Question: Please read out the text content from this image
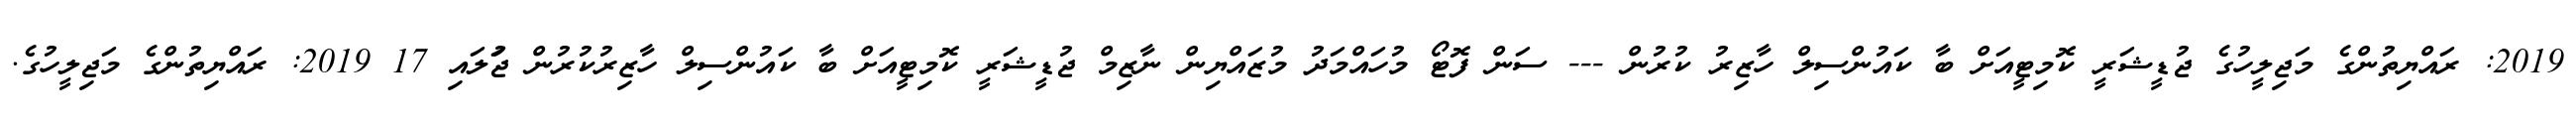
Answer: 2019: ރައްޔިތުންގެ މަޖިލީހުގެ ޖުޑީޝަރީ ކޮމިޓީއަށް ބާ ކައުންސިލް ހާޒިރު ކުރުން --- ސަން ފޮޓޯ މުހައްމަދު މުޒައްޔިން ނާޒިމް ޖުޑީޝަރީ ކޮމިޓީއަށް ބާ ކައުންސިލް ހާޒިރުކުރުން ޖުަލައި 17 2019: ރައްޔިތުންގެ މަޖިލީހުގެ.